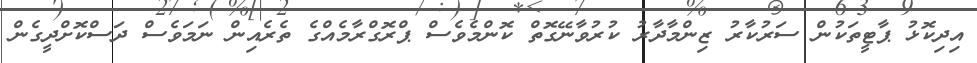
އިދިކޮޅު ޕާޓީތަކުން ސަރުކާރު ޒިންމާދާރު ކުރުވާނޭގޮތް ކޮންމެވެސް ޕްރޮގްރާމެއްގެ ތެރެއިން ނަމަވެސް ދަސްކޮށްދީގެން